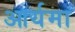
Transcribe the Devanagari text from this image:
आर्यमा